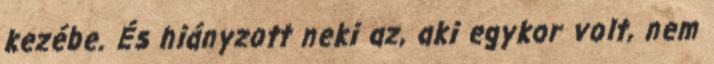
kezébe. És hiányzott neki az, aki egykor volt, nem